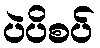
ပဲပိစပ်